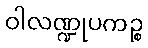
ဝါလဏ္ဍုပကဉ္စ